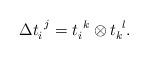
\begin{align*}\Delta t_{i}^{~j}=t_{i}^{~k}\otimes t_{k}^{~l}. \end{align*}